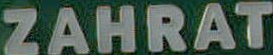
ZAHRAT